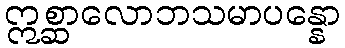
ဣစ္ဆာလောဘသမာပန္နော